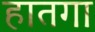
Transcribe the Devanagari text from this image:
हातगा